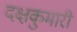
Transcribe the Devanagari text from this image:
दक्षकुमारी